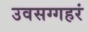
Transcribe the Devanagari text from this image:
उवसग्गहरं